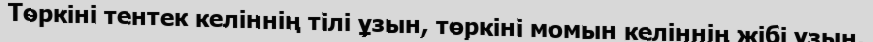
Төркіні тентек келіннің тілі ұзын, төркіні момын келіннің жібі ұзын.